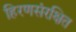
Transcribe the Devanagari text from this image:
हिरणसंरक्षित